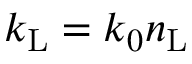
k _ { \mathrm { L } } = k _ { 0 } n _ { \mathrm { L } }